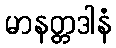
မာနတ္တဒါနံ